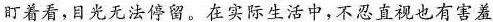
盯着看，目光无法停留。在实际生活中，不忍直视也有害羞